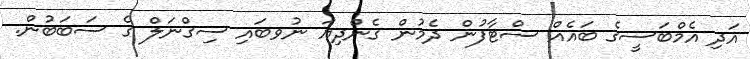
އަދި އެމްބަސީގެ ބައެއް ސްޓާފުން ދެމުން ގެންދިޔަ ނުވބައި ސިގްނަލް ގެ ސަބަބުން.